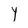
Character: Y